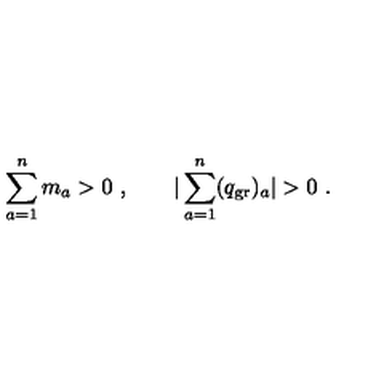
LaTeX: \sum _ { a = 1 } ^ { n } m _ { a } > 0 \ , \qquad | \sum _ { a = 1 } ^ { n } ( q _ { \mathrm { g r } } ) _ { a } | > 0 \ .